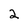
Character: 2